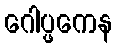
ဂေါပ္ဖကေန